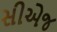
સીએજ